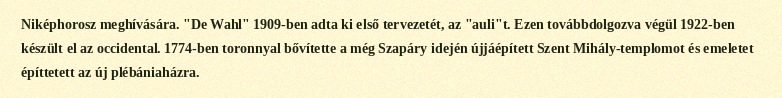
Niképhorosz meghívására. "De Wahl" 1909-ben adta ki első tervezetét, az "auli"t. Ezen továbbdolgozva végül 1922-ben készült el az occidental. 1774-ben toronnyal bővítette a még Szapáry idején újjáépített Szent Mihály-templomot és emeletet építtetett az új plébániaházra.